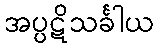
အပ္ပဋိသင်္ခါယ